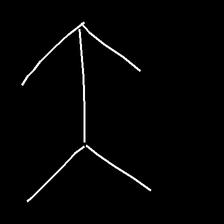
Glyph: gather